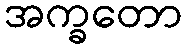
အက္ခတော